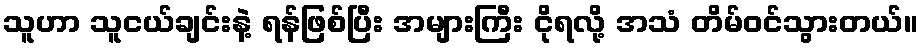
သူဟာ သူငယ်ချင်းနဲ့ ရန်ဖြစ်ပြီး အများကြီး ငိုရလို့ အသံ တိမ်ဝင်သွားတယ်။